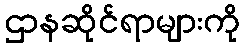
ဌာနဆိုင်ရာများကို